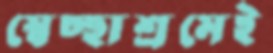
স্বেচ্ছাশ্রমেই